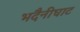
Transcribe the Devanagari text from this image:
भदैनीघाट